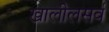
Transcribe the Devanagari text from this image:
खालीलसर्व